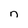
Character: n